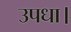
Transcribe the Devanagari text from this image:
उपधा।